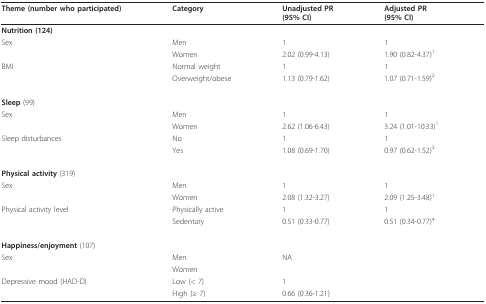
| Theme (number who participated) | Category | Unadjusted PR(95% CI) | Adjusted PR(95% CI) |
 | --- | --- | --- | --- |
 | Nutrition (124) |  |  |  |
 | Sex | Men | 1 | 1 |
 |  | Women | 2.02 (0.99-4.13) | 1.90 (0.82-4.37)1 |
 | BMI | Normal weight | 1 | 1 |
 |  | Overweight/obese | 1.13 (0.79-1.62) | 1.07 (0.71-1.59)2 |
 | Sleep (99) |  |  |  |
 | Sex | Men | 1 | 1 |
 |  | Women | 2.62 (1.06-6.43) | 3.24 (1.01-10.33)1 |
 | Sleep disturbances | No | 1 | 1 |
 |  | Yes | 1.08 (0.69-1.70) | 0.97 (0.62-1.52)3 |
 | Physical activity (319) |  |  |  |
 | Sex | Men | 1 | 1 |
 |  | Women | 2.08 (1.32-3.27) | 2.09 (1.25-3.48)1 |
 | Physical activity level | Physically active | 1 | 1 |
 |  | Sedentary | 0.51 (0.33-0.77) | 0.51 (0.34-0.77)4 |
 | Happiness/enjoyment (107) |  |  |  |
 | Sex | Men | NA |  |
 |  | Women |  |  |
 | Depressive mood (HAD-D) | Low (< 7) | 1 |  |
 |  | High (≥ 7) | 0.66 (0.36-1.21) |  |